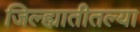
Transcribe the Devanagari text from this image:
जिल्ह्यातीतल्या